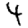
Digit: 4